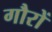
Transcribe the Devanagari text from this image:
गौरों